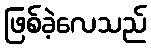
ဖြစ်ခဲ့လေသည်